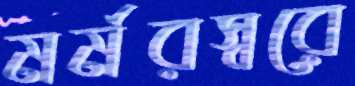
মর্মরস্বরে